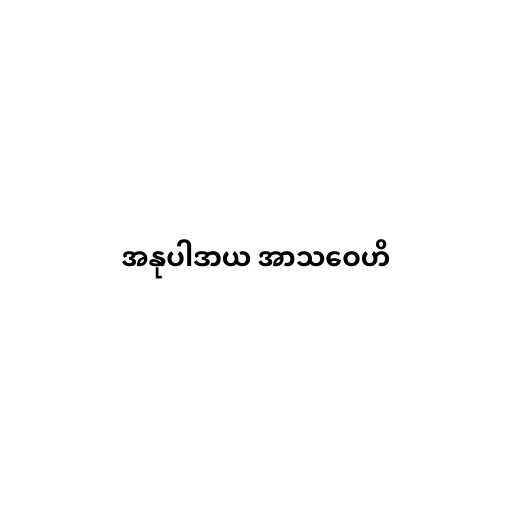
အနုပါဒာယ အာသဝေဟိ